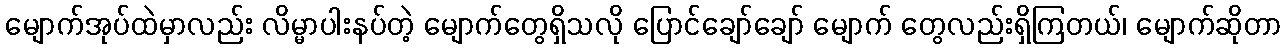
မျောက်အုပ်ထဲမှာလည်း လိမ္မာပါးနပ်တဲ့ မျောက်တွေရှိသလို ပြောင်ချော်ချော် မျောက် တွေလည်းရှိကြတယ်၊ မျောက်ဆိုတာ